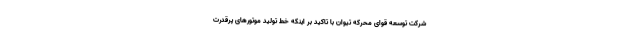
شرکت توسعه قوای محرکه تیوان با تاکید بر اینکه خط تولید موتورهای پرقدرت